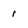
Character: 1